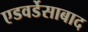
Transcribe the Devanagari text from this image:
एडवर्डेसाबाद